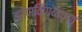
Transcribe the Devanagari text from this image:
झोपाविण्याच्या